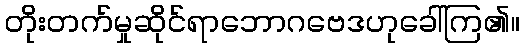
တိုးတက်မှုဆိုင်ရာဘောဂဗေဒဟုခေါ်ကြ၏။